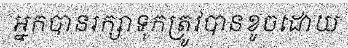
អ្នកបានរក្សាទុកត្រូវបានខូចដោយ